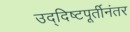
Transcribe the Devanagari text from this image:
उद्दिष्टपूर्तीनंतर